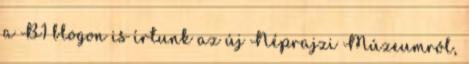
a B1 blogon is írtunk az új Néprajzi Múzeumról,